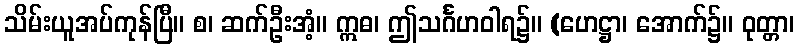
သိမ်းယူအပ်ကုန်ပြီ။ စ၊ ဆက်ဦးအံ့။ ဣဓ၊ ဤသင်္ဂဟဝါရ၌။ (ဟေဋ္ဌာ၊ အောက်၌။ ဝုတ္တာ၊